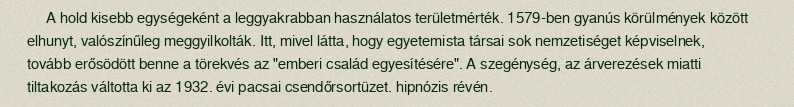
A hold kisebb egységeként a leggyakrabban használatos területmérték. 1579-ben gyanús körülmények között elhunyt, valószínűleg meggyilkolták. Itt, mivel látta, hogy egyetemista társai sok nemzetiséget képviselnek, tovább erősödött benne a törekvés az "emberi család egyesítésére". A szegénység, az árverezések miatti tiltakozás váltotta ki az 1932. évi pacsai csendőrsortüzet. hipnózis révén.